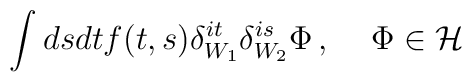
\int dsdtf(t,s)\delta _{W_{1}}^{it}\delta _{W_{2}}^{is}\Phi\,,\,\,\,\,\,\,\,\Phi \in {\cal H}